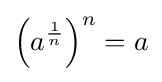
\left(a^{\frac {1}{n}}\right)^{n}=a